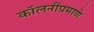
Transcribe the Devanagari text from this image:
कॉलनींप्रमाणे